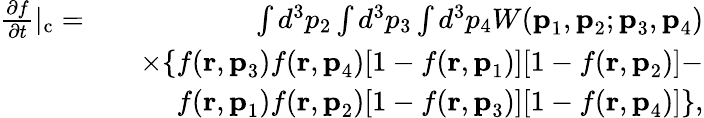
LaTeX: \begin{array}{rlr}{\frac{\partial f}{\partial t}|_{\mathrm{c}}=}&{}&{\int d^{3}p_{2}\int d^{3}p_{3}\int d^{3}p_{4}W(\textbf{p}_{1},\textbf{p}_{2};\textbf{p}_{3},\textbf{p}_{4})}\\ &{}&{\times\{ f(\textbf{r},\textbf{p}_{3})f(\textbf{r},\textbf{p}_{4})[1-f(\textbf{r},\textbf{p}_{1})][1-f(\textbf{r},\textbf{p}_{2})]-}\\ &{}&{f(\textbf{r},\textbf{p}_{1})f(\textbf{r},\textbf{p}_{2})[1-f(\textbf{r},\textbf{p}_{3})][1-f(\textbf{r},\textbf{p}_{4})]\} ,}\end{array}